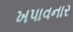
ખપાવનાર